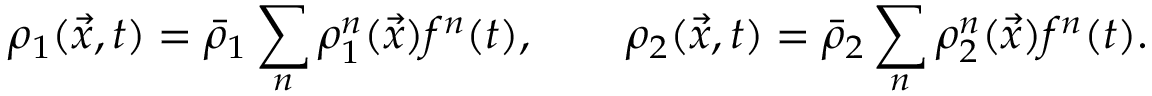
\rho _ { 1 } ( \vec { x } , t ) = \bar { \rho } _ { 1 } \sum _ { n } \rho _ { 1 } ^ { n } ( \vec { x } ) f ^ { n } ( t ) , \qquad \rho _ { 2 } ( \vec { x } , t ) = \bar { \rho } _ { 2 } \sum _ { n } \rho _ { 2 } ^ { n } ( \vec { x } ) f ^ { n } ( t ) .